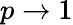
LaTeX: p\rightarrow 1